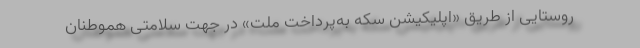
روستایی از طریق «اپلیکیشن سکه به‌پرداخت ملت» در جهت سلامتی هموطنان